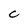
Character: C